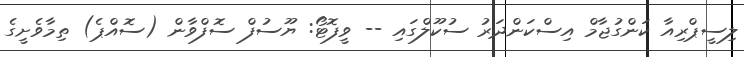
ލިސީޕްރިއާ ކަންގުޖާމް އިސްކަންދަރު ސުކޫލްގައި -- ވީފޮޓޯ: ޔޫސުފް ސޮފްވާން (ސޮއްޕެ) ތިމާވެށީގެ